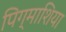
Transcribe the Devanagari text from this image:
पिग्माशिया